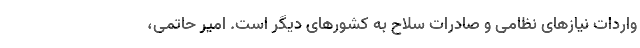
واردات نیاز‌های نظامی و صادرات سلاح به کشور‌های دیگر است. امیر حاتمی،